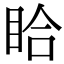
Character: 䀫